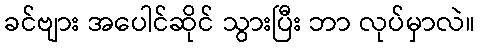
ခင်ဗျား အပေါင်ဆိုင် သွားပြီး ဘာ လုပ်မှာလဲ။